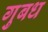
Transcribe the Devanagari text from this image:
गुबध